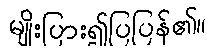
မျိုးပြား၍ပြပြန်၏။